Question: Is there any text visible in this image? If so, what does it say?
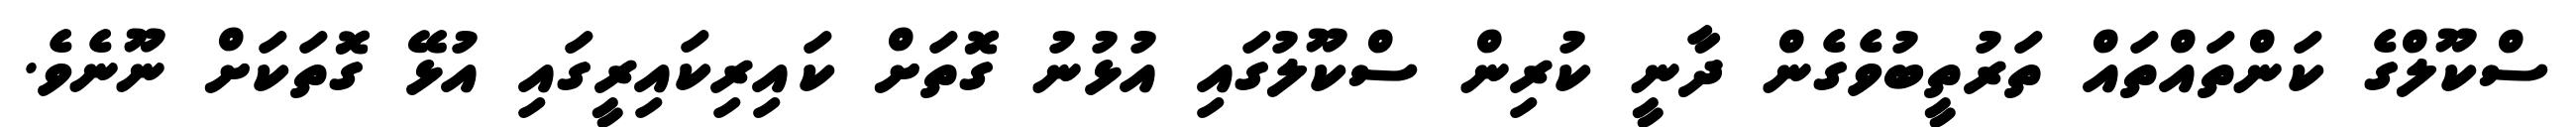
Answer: ސްކޫލްގެ ކަންތައްތައް ތަރުތީބުވެގެން ދާނީ ކުރިން ސްކޫލުގައި އުޅުނު ގޮތަށް ކައިރިކައިރީގައި އުޅޭ ގޮތަކަށް ނޫނެވެ.